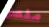
مفصل